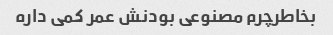
بخاطرچرم مصنوعی بودنش عمر کمی داره